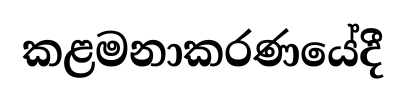
කළමනාකරණයේදී